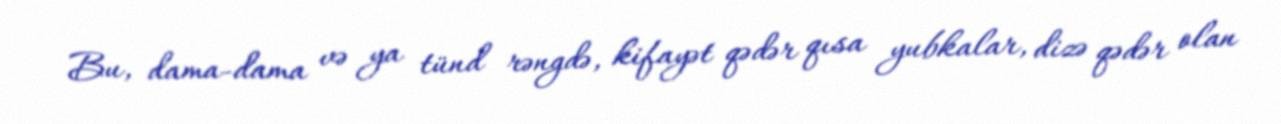
Bu, dama-dama və ya tünd rəngdə, kifayət qədər qısa yubkalar, dizə qədər olan